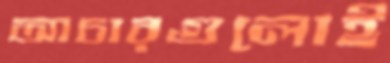
আচারগুলোই